Report on sanitation, dispensaries, and jails in Rajputana for 1911, and on vaccination for the year 1911-1912 - 1911-1912
Year: 1911
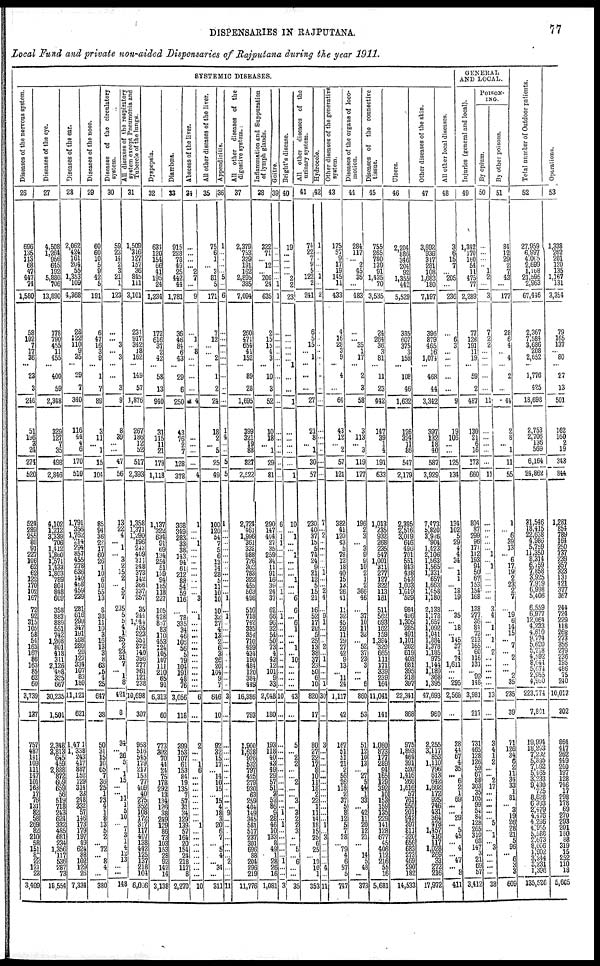
DISPENSARIES IN RAJPUTANA.
77
Local Fund and private non-aided Dispensaries of Rajputana during the year 1911.
SYSTEMIC DISEASES.
Diseases of the nervous system.
26
696
135
113
68
47
447
74
1,580
58
102
7
17
23
3
246
51
196
3 24
274
520
524
289
255
80
91
227
106
62
62
122
170
102
167
72
92
315
105
58
54
163
167
86
163
85
62
60
3,739
137
757
487
141 109
111
147
101 163
131
82
58 269
82 210
58 151
87
22 121
23
3,409
Diseases of the eye.
27
4,508
1,264
956
645
192
5,880
706
13,890
178
790
455
11
400
59
2,348
329
127
7
35
498
2,846
4,102
1,212
3,339
706
1,412
1,860
1,571
1,443
1,803
789
804
848
609
358
883
889
551
742
1,208
801
418
311
2,126
468
325
667
30,235
1,501
2,348
3,813
645 459
2,888
872
609 659
718
243
624
331
485
681
234 1,356
117
536
287
73
18,554
Diseases of the ear.
28
2,062
424
161 204
55
1,353
109
4,368
28
122
110
9
29
7
340
116
44
4 6
170
510
1,791
356
1,762
214
294
857
455
278 636
140
468
459
239
281
616
299 347
191
298
289
20
127
334
107
83
180
11,121
621
1,471
1,338
243 417
887
152
314
332
57
146
173
179
197
49 624 88
102
129
26
7,334
Diseases of the nose.
29
60
60
10
5
9
42
5
191
6
47
16 3
1
7
89
3
11
...
1
15
104
85
94
36
22
17
60
26 1
10
6
10
55 13
8
38
11
10
3 16
13
3 8
63
5
4
25
647
38
50
31
15
10
65
7
25
4
1
8
13
5
2
... 72
...
8
4
...
380
Diseases of the circulatory
system.
30
59
23
14
2
3
21
1
123
...
... 3
...
...
3
9
8
39
... ...
47
56
13
22
4
...
1
...
3
2
15
2
... 5
7
235
5
5
4
1
25
2 23
31
7
... 1
8
421
8
34
...
26 5
...
1
...
1
5
10
... 7
3
1 4
12 13
... ...
148
All diseases of the respiratory
system except Pneumonia and
Tubercle of the lungs.
31
1,509
316
127
157
36
845
111
3,101
234
917
342
18
149
57
1,876
267
186
12
52
517
2,398
1,358
1,371
1,290
196
243
409
311
248
373
142
366
337
257
35
244
1,044 195
223
351
272
140 396
277
361
121
238
10,698
307
958
516
545 179
217
153
409
352 108 172
317
117
407
138 442 125
137
218
104
6,006
Dyspepsia.
32
634
120
154
66
41
195
24
1,234
172
616
37
2
58
13
940
31
115
11
21
178
1,118
1,137
322
634
91
69
134
254
51
139
94
185
118
227
105
428
887
83
110
453
124
105
107
111
210
65
91
6,313
60
773
302
70 44
24
75
292
126
38
249
129
86
73
103 153 28
92
142
14
3,138
Diarrhœa.
33
915
228
78
49
25
442
44
1,781
36
46
84
6
29
6
250
48
76
2
1
123
378
368
349
283
33
38
143
94
61
6
212
88
54
59
116
...
78
335
34
46
106
56
5
79
104
191
48
76
3,056
118
399
153
107 61
153
135
31
34
129
139
57
164
20 154 24
218
117
8
2,270
Abscess of the liver.
34
...
...
...
... 2
7
...
9
...
1
... 8
...
...
4
...
...
7
...
4
1
...
...
1
...
...
...
...
...
...
...
...
3
...
1
...
...
...
...
...
...
...
...
...
...
...
6
...
2
...
... 1
6
...
...
...
... 1
...
...
... ...
...
...
...
...
10
All other diseases of the liver.
35
75
6
1
... 3
81
...
171
7
12
...
...
1
2
24
18
2
...
...
25
49
100
120
54
7
5
6 13
14
28
5 11
10
10
10
32
27
4 13
2
6
3 26
20 104
9
7
646
10
92
32
15 17
...
15
4
18
3 20
6
7
... 5
4
...
34
...
311
Appendicitis.
36
1
...
...
...
... 5
...
6
...
...
...
...
...
...
...
1
4
... 5
5
5
1
...
...
...
...
...
...
...
...
...
...
...
1
...
...
...
...
...
...
...
...
...
...
...
...
...
3
...
...
...
...
...
...
...
...
9
...
...
...
...
... ...
...
2
...
...
11
All other diseases of the
digestive system.
37
2,379
753
329
191
162
2,895
385
7,094
260
471
654
41
89
23
1,695
399
321
19
...
827
2,522
2,724
461
1,996
361
332
988
726
302
783
322
455
503
498
516
718
742
335
354
710
499
434
190
484
120
384
449
16,386
793
1,900
1,628
926 532
797
930
404
149
345
581
517
237
301 696
88 204
296
219
11,776
Inflammation and Suppuration
of lymph glands.
38
322
71
... 12
... 206
24
635
2
15
15
4
10
3
52
10
18
...
88
29
81
290
147
404
27
35 259
34
11 91
16
39
24
37
62
66
96
32
54
5 0
73
4
42
12
101
9
33
2,048
180
193
118
40 43
49
29
57 51
3
53 86
9
28
46
10
133
8 49 1
28
26
16
1,081
Goitre.
39
...
...
...
...
...
... 1
1
...
...
...
...
...
...
...
...
...
... 1
...
...
6
...
1
1
...
...
...
...
...
...
...
1
...
...
1
...
...
...
...
...
...
...
...
...
...
...
10
...
...
...
...
...
...
...
...
...
...
...
... 1
... 1
...
...
...
...
...
1
...
...
3
Bright's disease.
40
19
...
...
...
... 2
2
23
...
...
...
...
...
...
1
...
...
...
...
...
1
10
... 1
...
...
1 ...
...
...
1
...
...
3
6
...
6
1
...
...
1 ...
10
...
...
...
...
43
...
5
...
2
2
...
...
2
...
...
3
... 3
2
2
3
...
... 5
... 6
...
...
35
All other diseases of the
urinary system.
41
74
22
7
9
5
122
2
241
6
... 15
...
...
...
27
21
8
...
1
30
57
230
40 37
15
5 74
24
8 21
12
5 15
21
16
52
17
20
5 25
13
38
37
28 50
6 10
820
17
80
27
22 17
8 10
11 18
2
22
1 11
14
18
15
25
6 25
... 10
10
1
353
Hydrocele.
42
1
...
...
... 1
...
2
...
...
...
...
...
...
...
...
...
...
...
...
...
7
... 2
...
...
...
...
... 1
...
... 2
4
...
9
1
...
...
... 2
... 1
...
...
... 1
30
...
3
...
...
...
...
...
...
...
...
...
...
...
... 1
...
3
...
...
...
... 4
...
11
Other diseases of the generative
system.
43
175
57
9
17
19
145
11
433
4
16
28
3
4
...
64
43
12
...
2
57
121
382
41
120
43
5 78
12
18
40
15
13
26
41
11
32
45
29
11
29
27
42
9 13
... 11
24
1,117
42
167
51
51 21
2
56 26
118
2
37
5
8
12
5
7 28
... 79
4
6 57
5
747
Diseases of the organs of loco-
motion.
44
284
117
... 2
45
35
...
483
...
... 35
1
2
3
58
3
113
...
3
119
177
196
2
3
...
3
9
9
10
2
1
2
366
46
...
37
10
11
32
...
52
37
23
3
... ...
6
860
53
51
12
10 13
...
27
5 44
1
33 ...
42
11
20
12
21
...
14
5
48
...
373
Diseases of the connective
tissue.
45
755
265
780
139
91
1,435
70
3,535
24
264 36
3
11
23
442
147
39
1 4
191
633
1,013
235
932
268
235
547
1,001
311
277
127
322
113
161
511
562
693
162
159
1,394
329
665
111
171
339
239
164
11,041
141
1,080
873
177 289
94
165
129 392
10
153 159
135
229
141
128
677
45 406 112
216
55
16
5,681
Ulcers.
46
2,204
886
346
204
92
1,355
442
5,529
335
607
375
3
108
46
1,632
126
324
11
86
547
2,179
2,395
2,516
3,019
646
456
701
551
843
438
543
1,003
1,619
529
984
496
1,305
285
491
1,101
262
619
408
681
395
218
397
22,341
868
975
1,893
464 391
520
1,416
266 1,616
57
761 950
201
942
397
811
320
656 683 273
469
290
182
14,533
Other diseases of the skin.
47
3,692
936
317
281
108
1,683
180
7,197
396
879
465
16
468
44
3,342
397
132
18
40
587
3,929
7,473
5,820
3,926
904
1,423
2,106
1,563
1,564
1,331
657
1,663
1,458
1,180
2,138
1,178
1,657
1,092
1,041
1,884
1,378
1,185
975
1,144
1,189
368
1,395
47,693
960
2,255
3,117
853 1,110
796
613
642 1,662
172
925 746
431
364
478
1,457
416
117 1,028 269
33
272
216
17,972
All other local diseases.
48
3
6
15
7
... 205
...
236
...
6
3
...
...
...
9
19
106
...
...
125
134
134
102
5
29
4
4
34
... 1
1
... 18
19
...
35
... 18
... 145
37
1
74
1,611
...
... 295
2,568
...
28
44
67 4
35
...
6 2
1
69
...
... 29
...
5
45
... 4
...
47
...
8
411
GENERAL
AND LOCAL
Injuries (general and local).
49
1,342
170
160
54
11
475
77
2,289
77
128
191
11
59
2
487
130
21
6 16
173
660
804
87
299
96
171
112
193
94 50
67
153
154
168
138
277
36 84
73 213
165
60
116
131
...
92 148
3,981
217
731
465
128 126
59
67
88 303
35
105
99
54 84
128
265
310
68
147
3 21
69 57
3,412
POISON-
ING.
By opium.
50
...
...
...
... 1
2
...
3
7
2
2
...
...
...
11
...
... ...
...
...
11
...
...
...
...
...
1
... 1
...
...
...
...
...
3
4
...
1
... 1
... 2
...
...
...
...
...
13
...
3
4
1 2
...
...
2 17
...
...
...
...
... 5
... 1
... 3
...
...
...
...
38
By other poisons.
51
84
12
29
2
7
43
...
177
23
6
4
...
2
...
44
2
8 ...
1
11
55
1
...
6
39
13
...
6 17
19
2
23
2
7
...
19
6 14
15
...
7
...
2
... ...
2
35
235
39
71
126
34
6
2
11
34
33
1
81
...
3
19 26
28 21
5 96
...
6
3
3
609
Total number of Outdoor patients.
52
27,959
6,997
4,065
2,699
1,168
21,595
2,963
67,446
2,367
7,584
3,686
208
1,776
425
18,698
2,753
2,706
136
569
6,164
24,862
31,546
18,415
22,638
4,986
5,759
11,350
8,314
6,759
7,858
3,925
7,919
6,998
5,406
6,559
6,977
12,064
4,233
4,610 9, 774
5,620
5,218
4,592
8,644
5,674 2,955
4,930
223,774
7,801
19,994
18,293
7,292 5,895
7, 992
5,465
3,233 9,430
728
8,628
6,393
2,479
4,476
4,236
4,955
5,588
2,673 8,006
1,902
3,244
3,231
1,396
135,526
Operations.
53
1,338
262
201
120
135
1,167
131
3,354
79
165
137
...
27
13
501
162
160
2
19
343
844
1,281
854
789
164
250
737
239
357
323
131
421
377
367
244
724
229
118
268
273
356
279
236
195
486
75
240
10,012
302
864
417
267
449
540
197
128
746
17
298
178
69
270
293
201
180
88 319
15
252
110
18
5,605